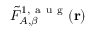
\tilde { F } _ { A , \beta } ^ { 1 , \mathrm { ~ a ~ u ~ g ~ } } ( \mathbf { r } )